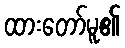
ထားတော်မူ၏